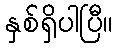
နှစ်ရှိပါပြီ။